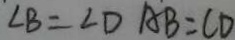
\angle B = \angle D A B = C D